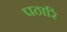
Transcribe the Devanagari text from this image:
पठारिं